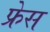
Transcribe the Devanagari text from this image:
फ्रेस